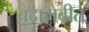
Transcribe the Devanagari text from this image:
बदामबीत